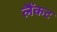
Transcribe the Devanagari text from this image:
लैंकट